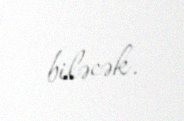
biləcək.